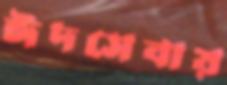
ঈদসেবায়